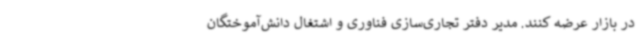
در بازار عرضه کنند. مدیر دفتر تجاری‌سازی فناوری و اشتغال دانش‌آموختگان